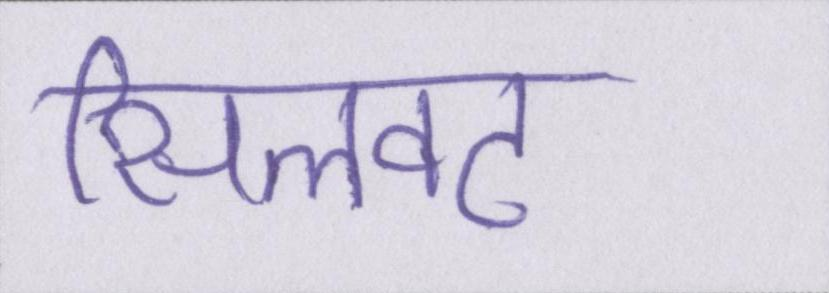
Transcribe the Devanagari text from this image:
सिलवट